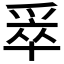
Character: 𰠄